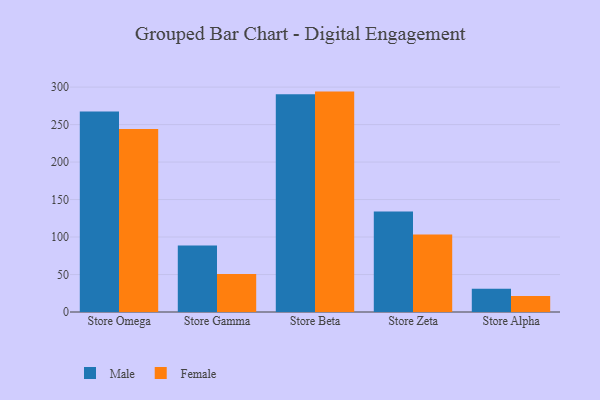
{"axis": {"x": "Store", "y": "Shipments"}, "legend": ["Female", "Male"], "data": [{"x": "Store Omega", "y": 267.5, "type": "Male"}, {"x": "Store Omega", "y": 244.2, "type": "Female"}, {"x": "Store Gamma", "y": 88.6, "type": "Male"}, {"x": "Store Gamma", "y": 50.7, "type": "Female"}, {"x": "Store Beta", "y": 290.5, "type": "Male"}, {"x": "Store Beta", "y": 294.0, "type": "Female"}, {"x": "Store Zeta", "y": 133.9, "type": "Male"}, {"x": "Store Zeta", "y": 103.4, "type": "Female"}, {"x": "Store Alpha", "y": 30.9, "type": "Male"}, {"x": "Store Alpha", "y": 21.5, "type": "Female"}]}